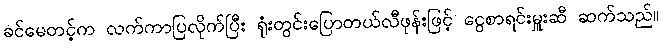
ခင်မေတင့်က လက်ကာပြလိုက်ပြီး ရုံးတွင်းပြောတယ်လီဖုန်းဖြင့် ငွေစာရင်းမှူးဆီ ဆက်သည်။